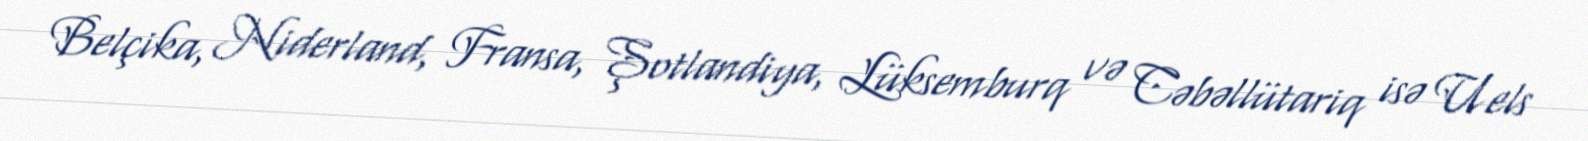
Belçika, Niderland, Fransa, Şotlandiya, Lüksemburq və Cəbəllütariq isə Uels